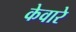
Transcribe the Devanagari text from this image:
केवारे